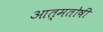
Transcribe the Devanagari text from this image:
आत्मतोषीं